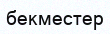
бекместер